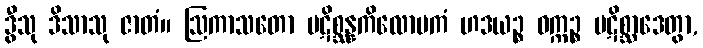
ဒွီသု ဒိသာသု ဇာတံ။ ဩကာသတော ပဋိစ္ဆန္နကိလောမကံ ဟဒယဉ္စ ဝက္ကဉ္စ ပဋိစ္ဆာဒေတွာ,